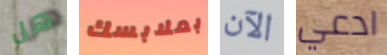
هل بملابسك الآن ادعي